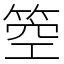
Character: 箜